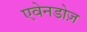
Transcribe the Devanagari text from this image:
एवेनडोज़